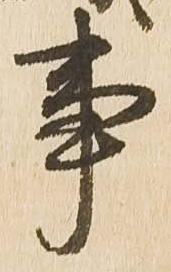
事